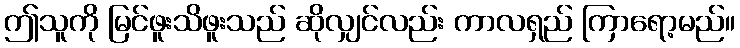
ဤသူကို မြင်ဖူးသိဖူးသည် ဆိုလျှင်လည်း ကာလရှည် ကြာရော့မည်။